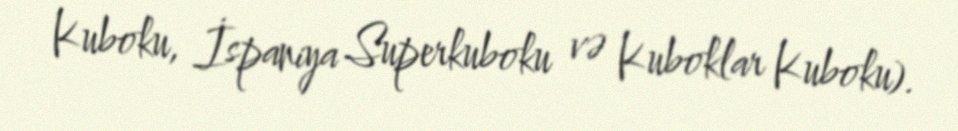
Kuboku, İspaniya Superkuboku və Kuboklar Kuboku).